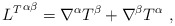
\begin{align*}{L^{T}}^{\alpha\beta}=\nabla^{\alpha}T^{\beta}+\nabla^{\beta}T^{\alpha}\ ,\end{align*}